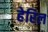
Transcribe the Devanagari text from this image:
हेरिल